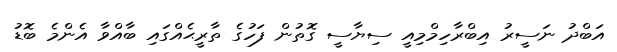
އަބްދު ނަސީރު އިބްރާހިމްމިއީ ސިޔާސީ ގޮތުން ފަހުގެ ތާރީޙެއްގައި ބާއްވާ އެންމެ ބޮޑު